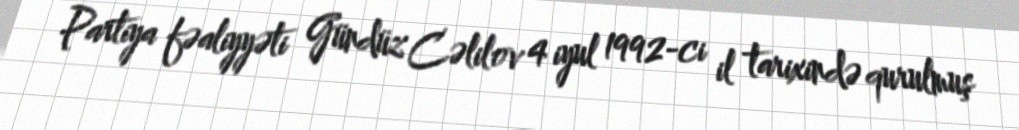
Partiya fəaliyyəti Gündüz Cəlilov 4 iyul 1992-ci il tarixində qurulmuş